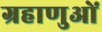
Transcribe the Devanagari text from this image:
ग्रहाणुओं